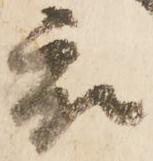
被